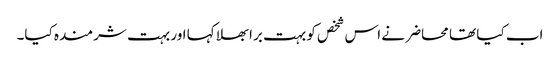
اب کیا تھا محاضر نے اس شخص کو بہت برا بھلا کہا اور بہت شرمندہ کیا۔